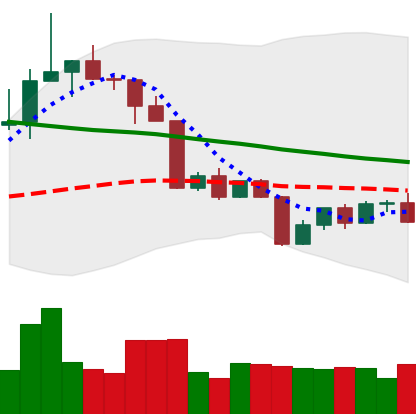
Ticker: TRX-USD
Chart end date: 2022-04-17
Forward return: 10.875%
Label: up_7plus